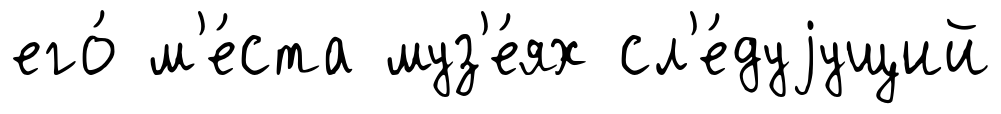
его́ м'е́ста муз'е́ях сл'е́дуjущий